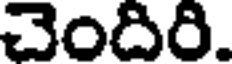
చెందిరి.